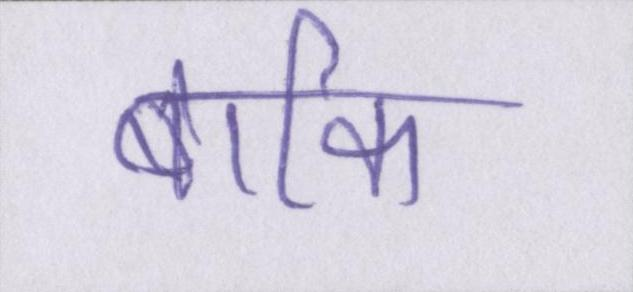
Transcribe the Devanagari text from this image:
बाकि